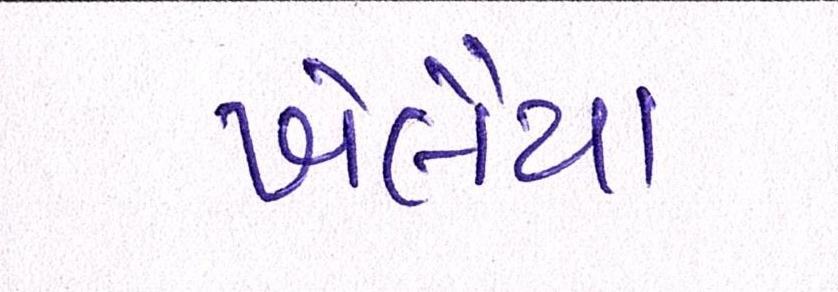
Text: ખેલૈયા